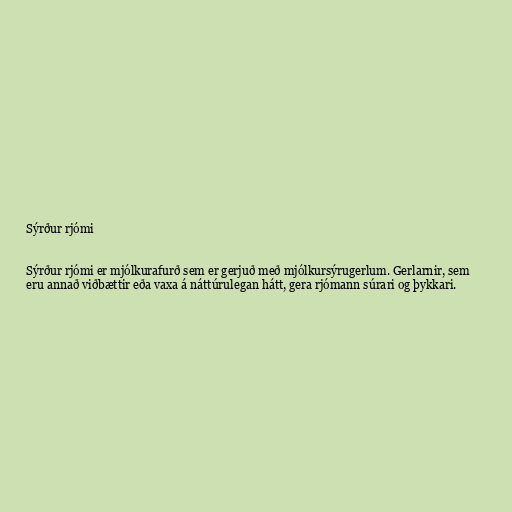
Sýrður rjómi

Sýrður rjómi er mjólkurafurð sem er gerjuð með mjólkursýrugerlum. Gerlarnir, sem
eru annað viðbættir eða vaxa á náttúrulegan hátt, gera rjómann súrari og þykkari.